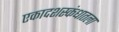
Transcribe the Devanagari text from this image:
एकादशस्‍कंधातला